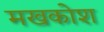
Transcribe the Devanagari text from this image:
मखकोश